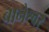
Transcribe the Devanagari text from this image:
बानेश्वर